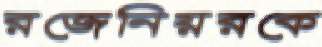
রজেনিয়রকে